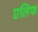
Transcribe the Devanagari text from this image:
एलिफ